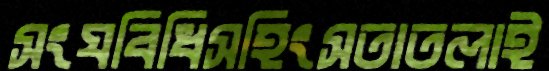
সংঘবিধিসহিংসতাতলাই